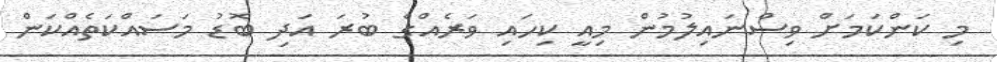
މި ކަންކަމަށް ވިސްނައިލުމުން މިއީ ކިހައި ވަރެއްގެ ބުރަ އަދި ބޮޑު މަސައްކަތެއްކަން